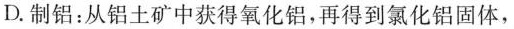
D.制铝：从铝土矿中获得氧化铝，再得到氯化铝固体，